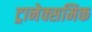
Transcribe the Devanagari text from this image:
ट्रानेक्समिक